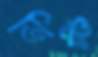
ভিঞ্চ